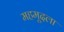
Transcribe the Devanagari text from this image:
महमूदला